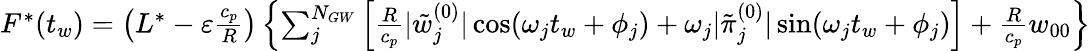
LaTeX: \begin{array}{r}{F^{*}(t_{w})=\left(L^{*}-{\varepsilon}\frac{c_{p}}{R}\right)\left\{ \sum_{j}^{N_{GW}}\left[\frac{R}{c_{p}}|\tilde{w}_{j}^{(0)}|\cos(\omega_{j}t_{w}+\phi_{j})+\omega_{j}|\tilde{\pi}_{j}^{(0)}|\sin(\omega_{j}t_{w}+\phi_{j})\right]+\frac{R}{c_{p}}w_{00}\right\} }\end{array}